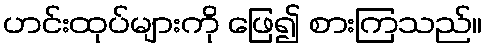
ဟင်းထုပ်များကို ဖြေ၍ စားကြသည်။